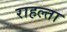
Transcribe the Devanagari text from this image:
राहल्ता